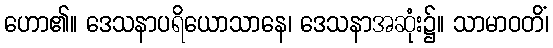
ဟော၏။ ဒေသနာပရိယောသာနေ၊ ဒေသနာအဆုံး၌။ သာမာဝတိံ၊